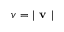
v = \left| \textbf { v } \right|